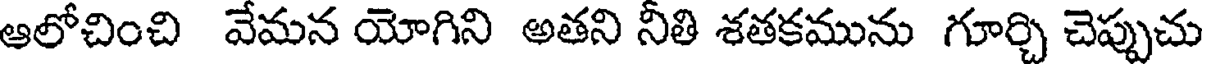
ఆలోచించి వేమన యోగిని అతని నీతి శతకమును గూర్చి చెప్పుచు